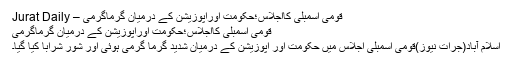
قومی اسمبلی کااجلاس؛حکومت اوراپوزیشن کے درمیان گرماگرمی – Jurat Daily
قومی اسمبلی کااجلاس؛حکومت اوراپوزیشن کے درمیان گرماگرمی
اسلام آباد(جرات نیوز)قومی اسمبلی اجلاس میں حکومت اور اپوزیشن کے درمیان شدید گرما گرمی ہوئی اور شور شرابا کیا گیا۔